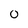
Character: 0